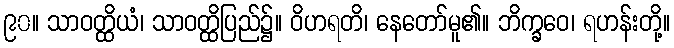
၉၀။ သာဝတ္ထိယံ၊ သာဝတ္ထိပြည်၌။ ဝိဟရတိ၊ နေတော်မူ၏။ ဘိက္ခဝေ၊ ရဟန်းတို့။